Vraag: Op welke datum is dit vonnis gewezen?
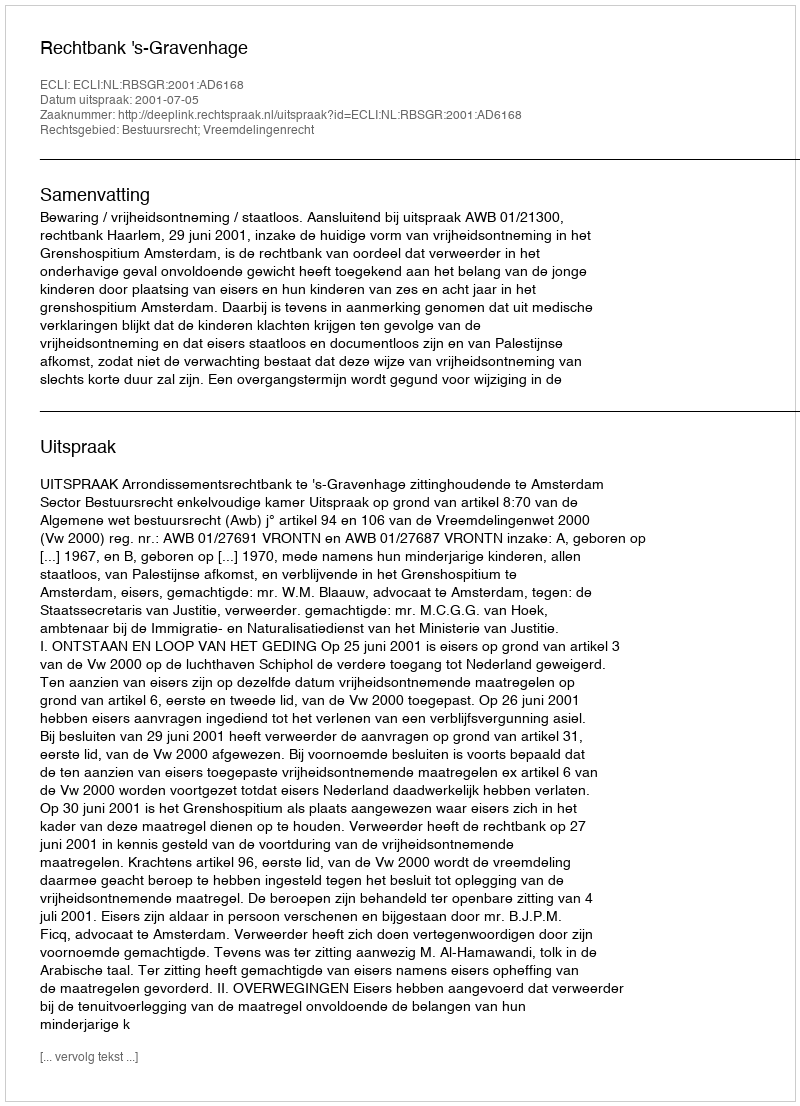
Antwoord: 2001-07-05